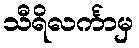
သီရိလင်္ကာမှ